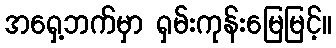
အရှေ့ဘက်မှာ ရှမ်းကုန်းမြေမြင့်။